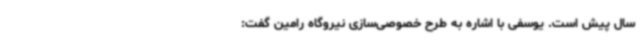
سال پیش است. یوسفی با اشاره به طرح خصوصی‌سازی نیروگاه رامین گفت: